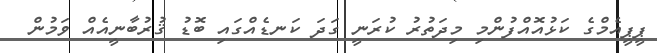
ޕީޕީއެމްގެ ކަޅުއޮއްފުންމި މިދަތުރު ކުރަނީ ގަދަ ކަނޑެއްގައި ބޮޑު ޤުރުބާނީއެއް ވަމުން